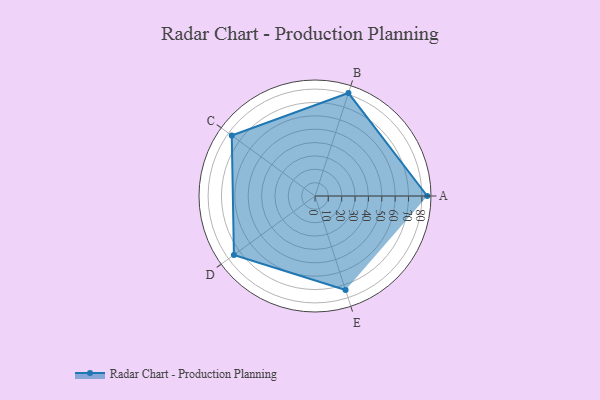
{"axis": {"x": "Skill", "y": "Score"}, "legend": ["Profile"], "data": [{"x": "A", "y": 84.0, "type": "Profile"}, {"x": "B", "y": 81.0, "type": "Profile"}, {"x": "C", "y": 77.0, "type": "Profile"}, {"x": "D", "y": 75.0, "type": "Profile"}, {"x": "E", "y": 74.0, "type": "Profile"}]}